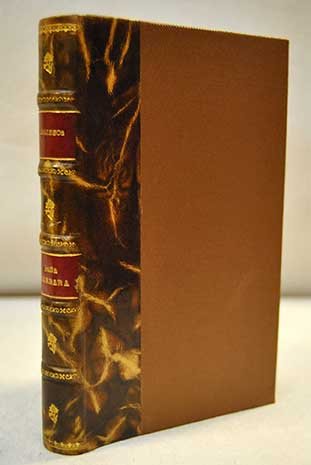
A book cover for DoÃ±a BÃ¡rbara; romulo gallegos; Travel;